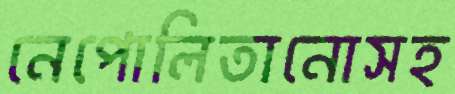
নেপোলিতানোসহ